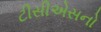
ટીસીએસનો